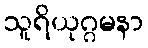
သူရိယုဂ္ဂမနာ